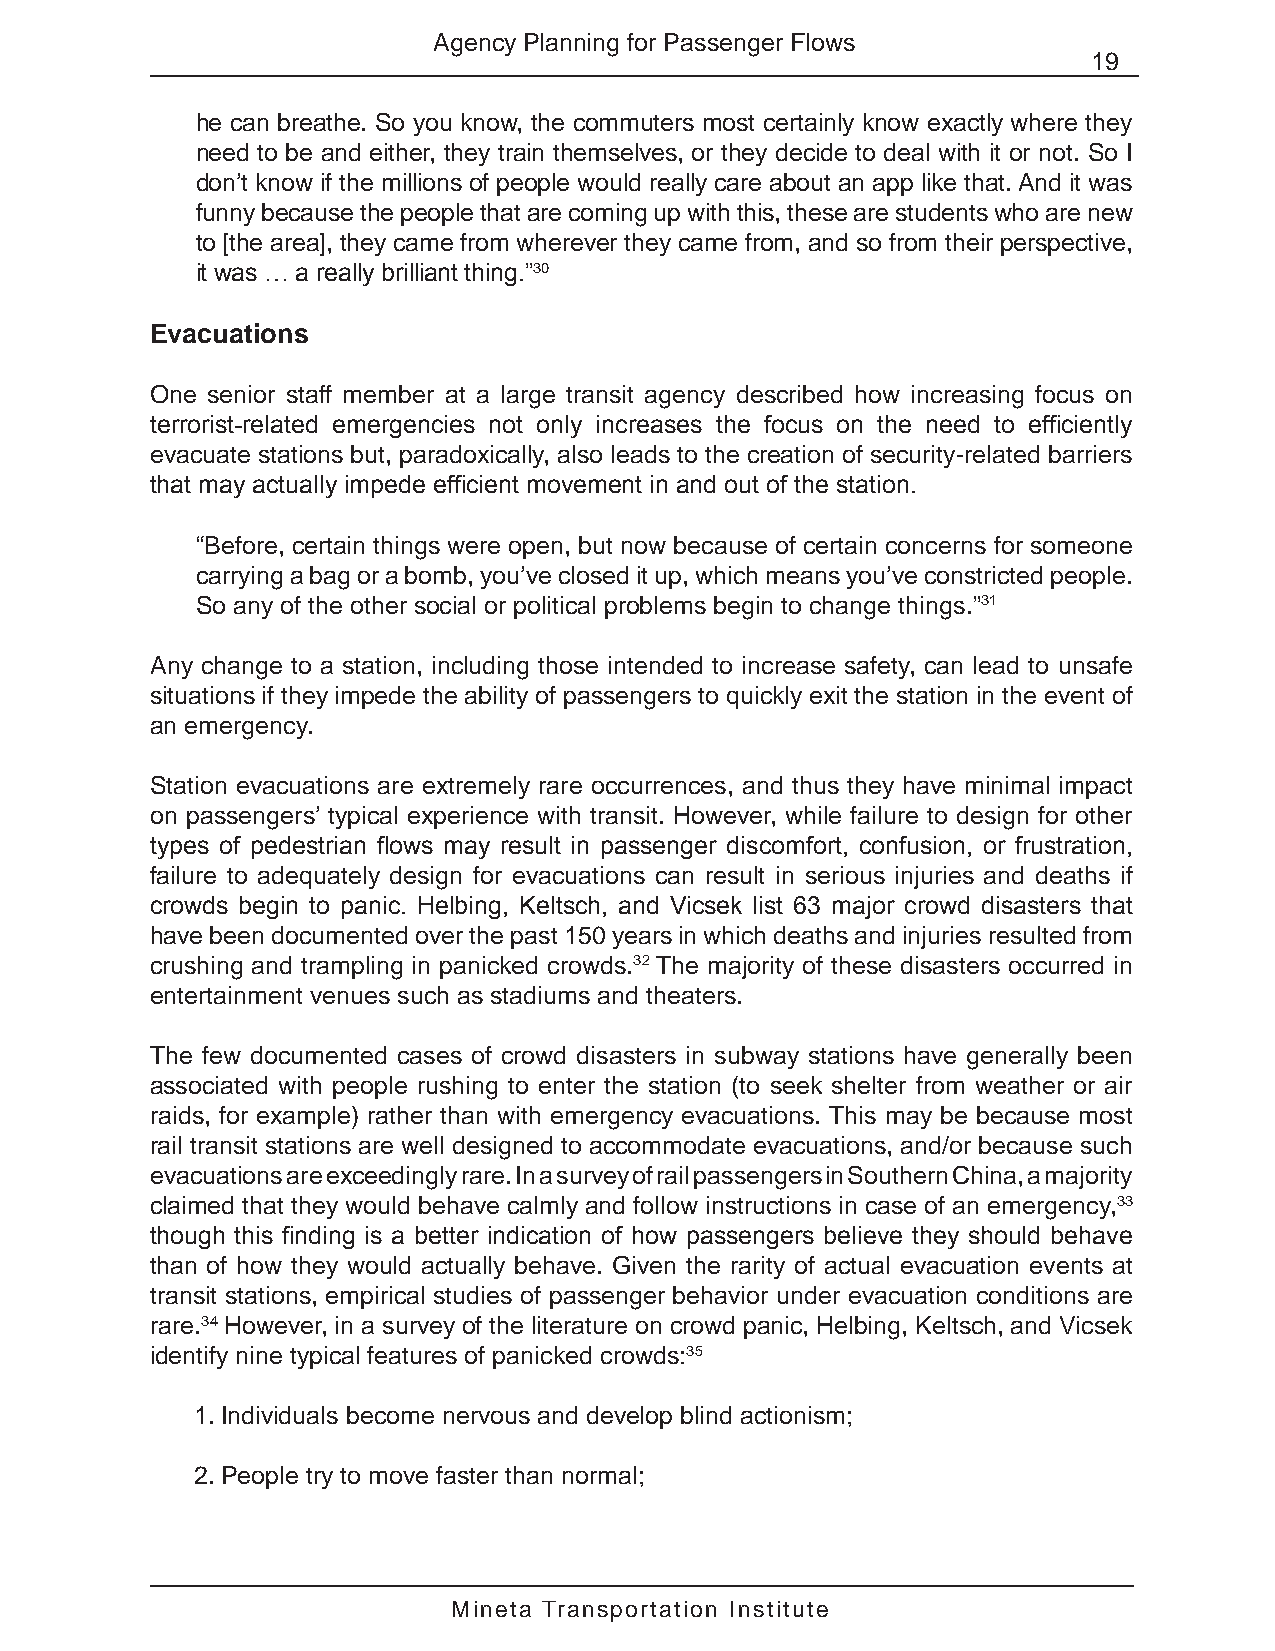
Agency Planning for Passenger Flows
 19
 he can breathe. So you know, the commuters most certainly know exactly where they
 need to be and either, they train themselves, or they decide to deal with it or not. So I
 don’t know if the millions of people would really care about an app like that. And it was
 funny because the people that are coming up with this, these are students who are new
 to [the area], they came from wherever they came from, and so from their perspective,
 it was … a really brilliant thing.”30
 Evacuations
 One senior staff member at a large transit agency described how increasing focus on
 terrorist-related emergencies not only increases the focus on the need to efficiently
 evacuate stations but, paradoxically, also leads to the creation of security-related barriers
 that may actually impede efficient movement in and out of the station.
 “Before, certain things were open, but now because of certain concerns for someone
 carrying a bag or a bomb, you’ve closed it up, which means you’ve constricted people.
 So any of the other social or political problems begin to change things.”31
 Any change to a station, including those intended to increase safety, can lead to unsafe
 situations if they impede the ability of passengers to quickly exit the station in the event of
 an emergency.
 Station evacuations are extremely rare occurrences, and thus they have minimal impact
 on passengers’ typical experience with transit. However, while failure to design for other
 types of pedestrian flows may result in passenger discomfort, confusion, or frustration,
 failure to adequately design for evacuations can result in serious injuries and deaths if
 crowds begin to panic. Helbing, Keltsch, and Vicsek list 63 major crowd disasters that
 have been documented over the past 150 years in which deaths and injuries resulted from
 crushing and trampling in panicked crowds.32 The majority of these disasters occurred in
 entertainment venues such as stadiums and theaters.
 The few documented cases of crowd disasters in subway stations have generally been
 associated with people rushing to enter the station (to seek shelter from weather or air
 raids, for example) rather than with emergency evacuations. This may be because most
 rail transit stations are well designed to accommodate evacuations, and/or because such
 evacuations are exceedingly rare. In a survey of rail passengers in Southern China, a majority
 claimed that they would behave calmly and follow instructions in case of an emergency,33
 though this finding is a better indication of how passengers believe they should behave
 than of how they would actually behave. Given the rarity of actual evacuation events at
 transit stations, empirical studies of passenger behavior under evacuation conditions are
 rare.34 However, in a survey of the literature on crowd panic, Helbing, Keltsch, and Vicsek
 identify nine typical features of panicked crowds:35
 1. Individuals become nervous and develop blind actionism;
 2. People try to move faster than normal;
 Mineta Transportation Institute